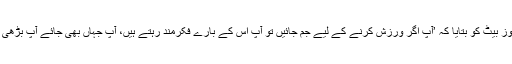
انھوں نے ریڈیو ون کے پروگرام نیوز بیٹ کو بتایا کہ ’آپ اگر ورزش کرنے کے لیے جم جائیں تو آپ اس کے بارے فکرمند رہتے ہیں، آپ جہاں بھی جائے آپ بڑھی ہوئی چھاتی سے پریشان ہوتے ہیں۔